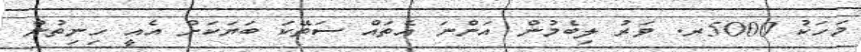
މަހަކު 5000ރ. ވަރު ލިބެމުން އަންނަ އެތައް ސަތޭކަ ބަޔަކަށް އެއީ ހިނިތުން